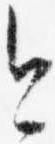
今